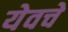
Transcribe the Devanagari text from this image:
येवचे